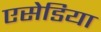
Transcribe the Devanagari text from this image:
एसेडिया